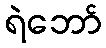
ရဲဘော်